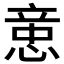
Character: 𰑻